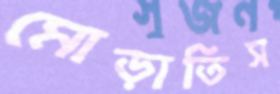
মোড়াতিস